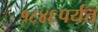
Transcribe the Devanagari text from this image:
१८४६पर्यंत